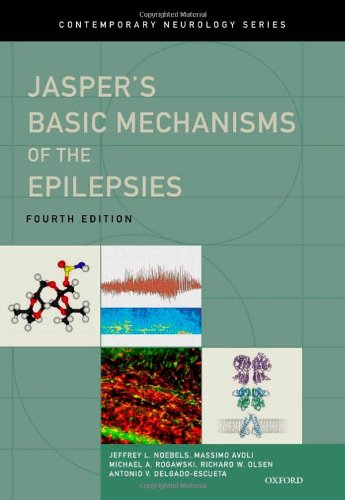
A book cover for Jasper's Basic Mechanisms of the Epilepsies (Contemporary Neurology Series); Health, Fitness & Dieting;